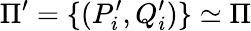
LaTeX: \Pi^{\prime}=\{ (P_{i}^{\prime},Q_{i}^{\prime})\} \simeq\Pi